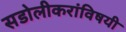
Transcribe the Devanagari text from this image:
सडोलीकरांविषयी